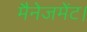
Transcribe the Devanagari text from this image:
मैनेजमेंट।